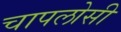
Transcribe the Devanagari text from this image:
चापलोसी